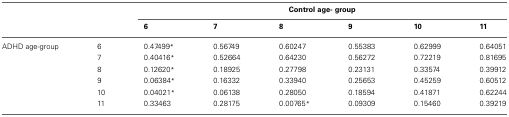
|  |  | <COLSPAN=6> Control age- group |
 |  |  | 6 | 7 | 8 | 9 | 10 | 11 |
 | --- | --- | --- | --- | --- | --- | --- | --- |
 | ADHD age-group | 6 | 0.47499* | 0.56749 | 0.60247 | 0.55383 | 0.62999 | 0.64051 |
 |  | 7 | 0.40416* | 0.52664 | 0.64230 | 0.56272 | 0.72219 | 0.81695 |
 |  | 8 | 0.12620* | 0.18925 | 0.27798 | 0.23131 | 0.33574 | 0.39912 |
 |  | 9 | 0.06384* | 0.16332 | 0.33940 | 0.25653 | 0.45259 | 0.60512 |
 |  | 10 | 0.04021* | 0.06138 | 0.28050 | 0.18594 | 0.41871 | 0.62244 |
 |  | 11 | 0.33463 | 0.28175 | 0.00765* | 0.09309 | 0.15460 | 0.39219 |